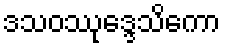
ဒသဝဿုဒ္ဒေသိကော